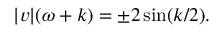
| v | ( \omega + k ) = \pm 2 \sin ( k / 2 ) .